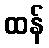
ထန်